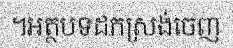
។អត្ថបទដកស្រង់ចេញ